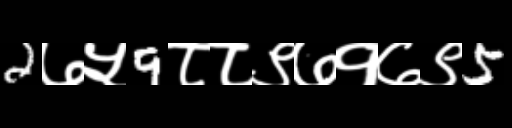
Text: 2७५9८८९७१७९5